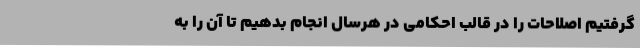
گرفتیم اصلاحات را در قالب احکامی در هرسال انجام بدهیم تا آن را به